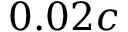
0 . 0 2 c